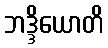
ဘဒ္ဒိယောတိ